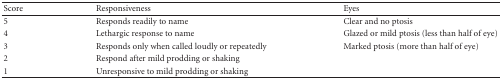
<table><thead><tr><td><b>Score</b></td><td><b>Responsiveness</b></td><td><b>Eyes</b></td></tr></thead><tbody><tr><td>5</td><td>Responds readily to name</td><td>Clear and no ptosis</td></tr><tr><td>4</td><td>Lethargic response to name</td><td>Glazed or mild ptosis (less than half of eye)</td></tr><tr><td>3</td><td>Responds only when called loudly or repeatedly</td><td>Marked ptosis (more than half of eye)</td></tr><tr><td>2</td><td>Respond after mild prodding or shaking</td><td></td></tr><tr><td>1</td><td>Unresponsive to mild prodding or shaking</td><td></td></tr></tbody></table>